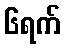
၆ရက်